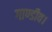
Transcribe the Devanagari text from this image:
गाण्डीव।